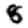
Digit: 8